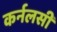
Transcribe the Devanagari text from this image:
कर्नलसी